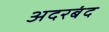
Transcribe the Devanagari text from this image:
अदरबंद